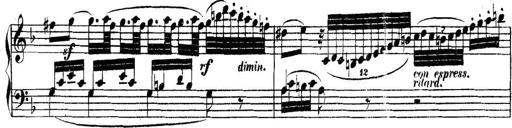
Title: Collected Piano Sonatas
Composer: Muzio Clementi